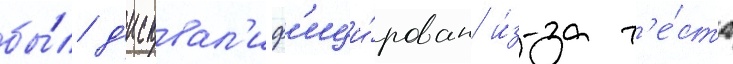
бы́л д'исквал'иф'ици́рован и́з-за т'е́ста